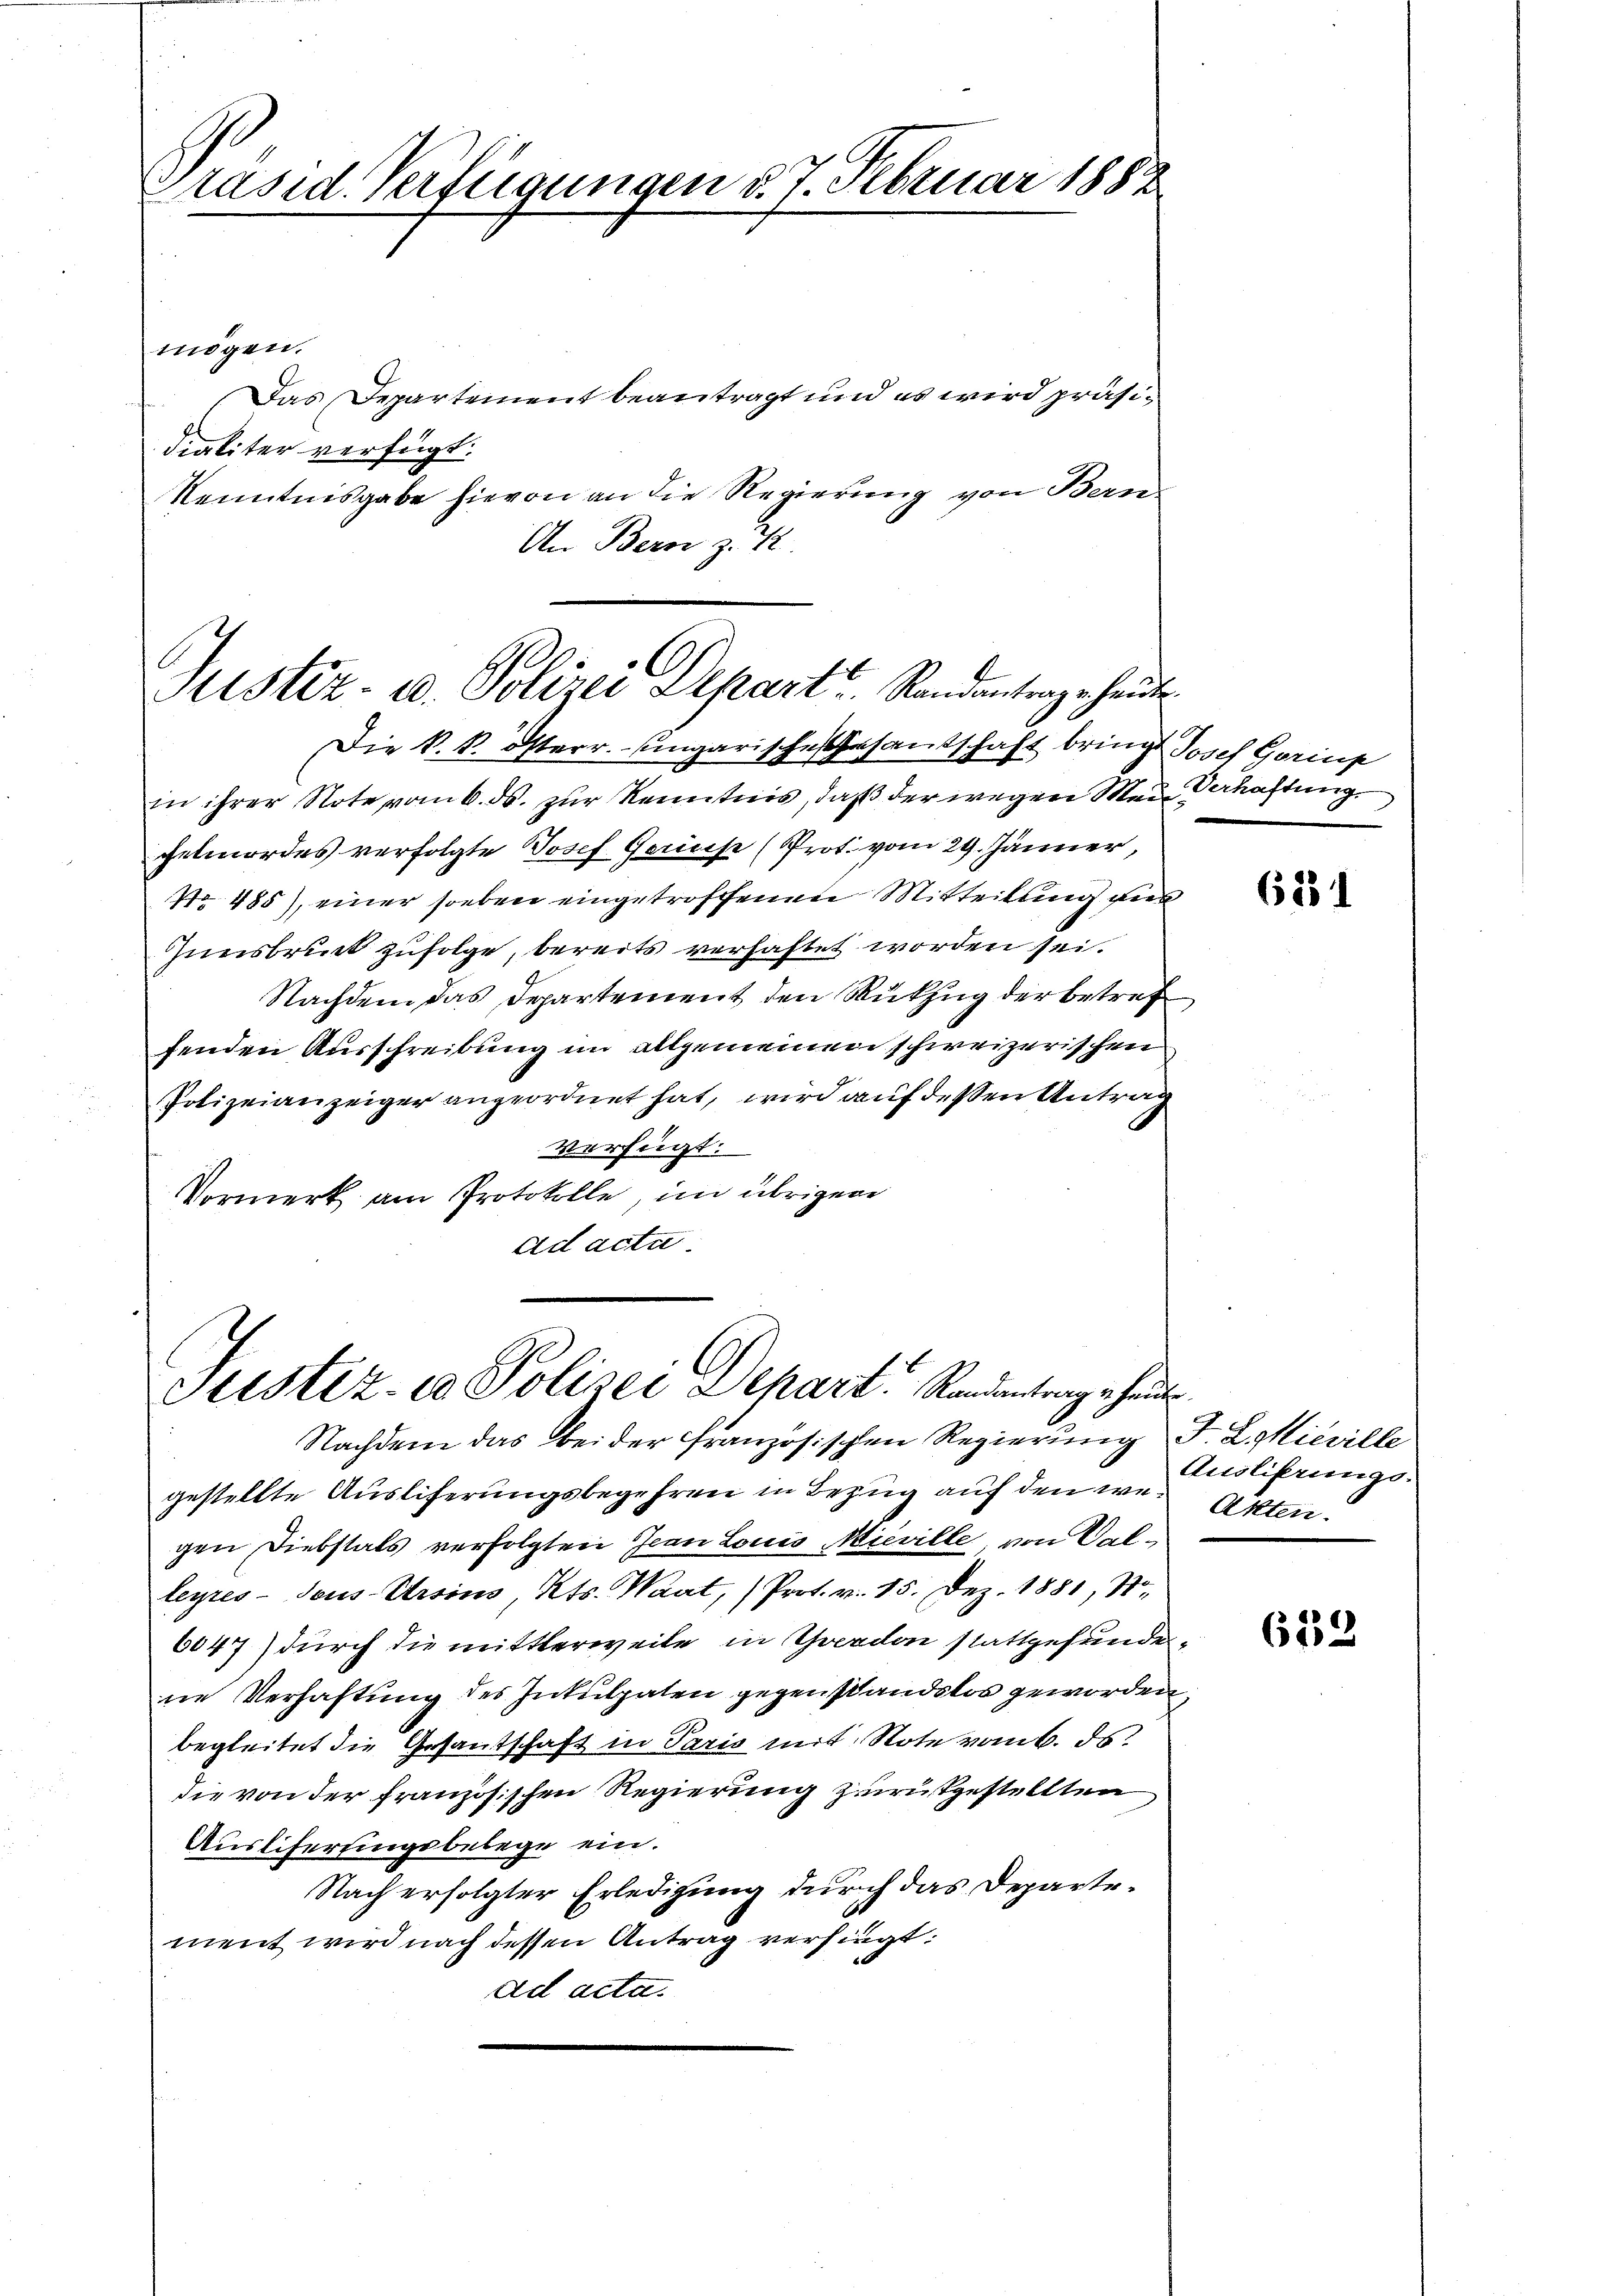
Präsid. Verfügungen §. 7. Februar 1888

mögen.
Das Departement beantragt und es wird präsidialiter verfügt:
Kenntnisgabe hievon an die Regierung von Bern-
An Bern z. Z

Justiz- u. Polizei Depart Randantergehende
Die k. k. österr. ungarische Gesantschaft bringt Josef Gorinn

Sistiz- & Polizei Depart Randantrag heute
Nachdem das bei der französischen Regierung F. L. Mieville

in ihrer Note vom 6. ds. zur Kenntnis, daß der wegen Mein Verhaftung
chelmordes verfolgte Josef Geise (Prot. vom 29. Jänner,
No 485), einer soeben eingetroffenen Mitteilung aus
Innsbruck zufolge, bereits verhaftet worden sei.
Nachdem das Departement den Rükzug der betref
fenden Ausschreibung im allgemeinen schweizerischen
Polizeianzeiger angeordnet hat, wird auf dessen Antrag
verfügt:
Vormerk am Protokolle, im übrigen
ad acta.

gestellte Ausliferungsbegehren in Bezug auf den werten.
gen Diebstals verfolgten Jean Louis Mieville von Val-
leyres-Tous Ursins Kts. Waat, Prot. v. 15. Dez. 1881, Sto
6047) durch die mittlerweile in Yverdon stattgefundene Verhaftung des Intulpaten gegenstandslos geworden,
begleitet die Gesandschaft in Paris mit Note vom 6. ds.
die von der französischen Regierung zurükgestellten
Auslieferungsbelege ein.
Nach erfolgter Erledigung durch das Departement wird nach dessen Antrag verhängt:
ad acta.

6231

Auslisterungs¬

632